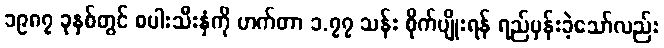
၁၉၈၇ ခုနှစ်တွင် စပါးသီးနှံကို ဟက်တာ ၁.၇၇ သန်း စိုက်ပျိုးရန် ရည်မှန်းခဲ့သော်လည်း